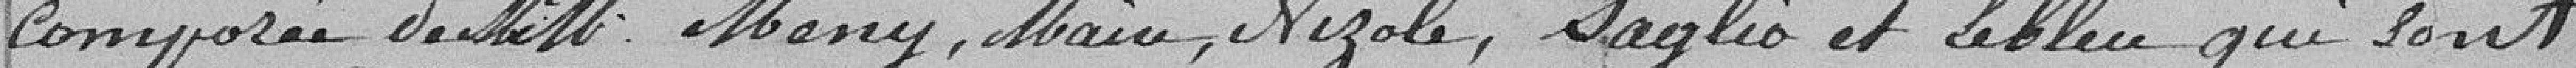
composée de Messieurs MENY, MAIRE, NIZOLE, SAGLIO et LEBLEU qui sont